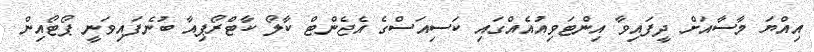
އިއްޔަ މާސާއަށް ދީފައިވާ އިންޓަވިއުއެއްގައި ކަސިއަސްގެ އެޖެންޓް ކާލޯ ކާޓްރޯޕިއާ ބުނެފައިވަނީ ޕޯޓޯއިން